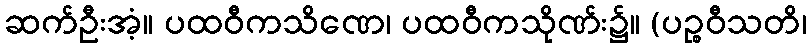
ဆက်ဦးအံ့။ ပထဝီကသိဏေ၊ ပထဝီကသိုဏ်း၌။ (ပဉ္စဝီသတိ၊